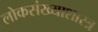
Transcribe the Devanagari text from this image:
लोकसंख्याशास्त्र